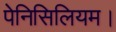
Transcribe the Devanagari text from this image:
पेनिसिलियम।